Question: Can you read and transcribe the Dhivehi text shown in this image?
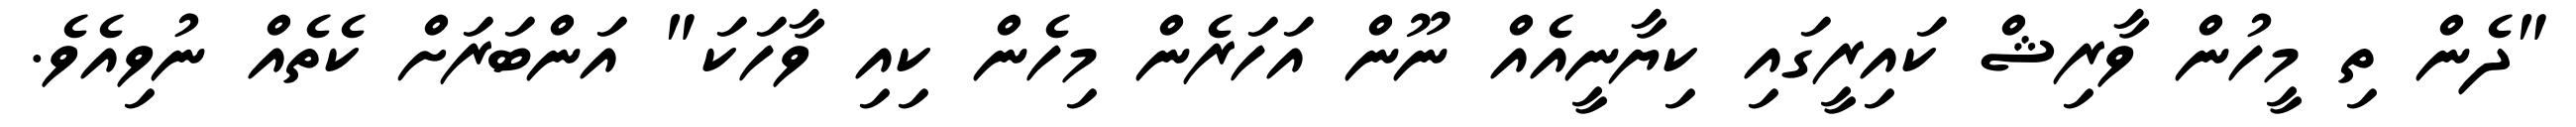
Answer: "ދެން ތި މީހުން ވާރިޝް ކައިރީގައި ކިޔާނީއެއް ނޫން އަހަރެން މިހެން ކިއި ވާހަކަ" އަންބަރަށް ކެތެއް ނުވިއެވެ.